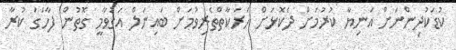
ކުޑަކުދިންނަށް އަނިޔާ ކުރުމަށް ދެކޮޅަށް ހަރަކާތްތެރިވުމަށް ބައިނަލް އަގުވާމީ ގޮތުން ފާހަގަ ކުރާ